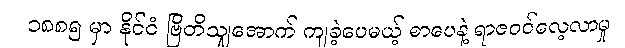
၁၈၈၅ မှာ နိုင်ငံ ဗြိတိသျှအောက် ကျခဲ့ပေမယ့် စာပေနဲ့ ရာဇဝင်လေ့လာမှု